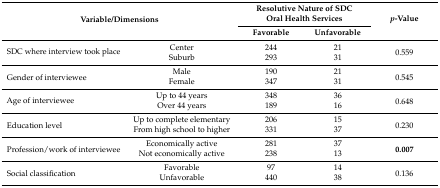
<table><thead><tr><td rowspan="2" colspan="2"><b>Variable/Dimensions</b></td><td colspan="2"><b>Resolutive Nature of SDC Oral Health Services </b></td><td rowspan="2"><b><i>p</i>-Value</b></td></tr><tr><td><b>Favorable</b></td><td><b>Unfavorable</b></td></tr></thead><tbody><tr><td rowspan="2">SDC where interview took place</td><td>Center</td><td>244</td><td>21</td><td rowspan="2">0.559</td></tr><tr><td>Suburb</td><td>293</td><td>31</td></tr><tr><td rowspan="2">Gender of interviewee</td><td>Male</td><td>190</td><td>21</td><td rowspan="2">0.545</td></tr><tr><td>Female</td><td>347</td><td>31</td></tr><tr><td rowspan="2">Age of interviewee</td><td>Up to 44 years</td><td>348</td><td>36</td><td rowspan="2">0.648</td></tr><tr><td>Over 44 years</td><td>189</td><td>16</td></tr><tr><td rowspan="2">Education level</td><td>Up to complete elementary</td><td>206</td><td>15</td><td rowspan="2">0.230</td></tr><tr><td>From high school to higher</td><td>331</td><td>37</td></tr><tr><td rowspan="2">Profession/work of interviewee</td><td>Economically active</td><td>281</td><td>37</td><td rowspan="2"><b>0.007</b></td></tr><tr><td>Not economically active</td><td>238</td><td>13</td></tr><tr><td rowspan="2">Social classification</td><td>Favorable</td><td>97</td><td>14</td><td rowspan="2">0.136</td></tr><tr><td>Unfavorable</td><td>440</td><td>38</td></tr></tbody></table>